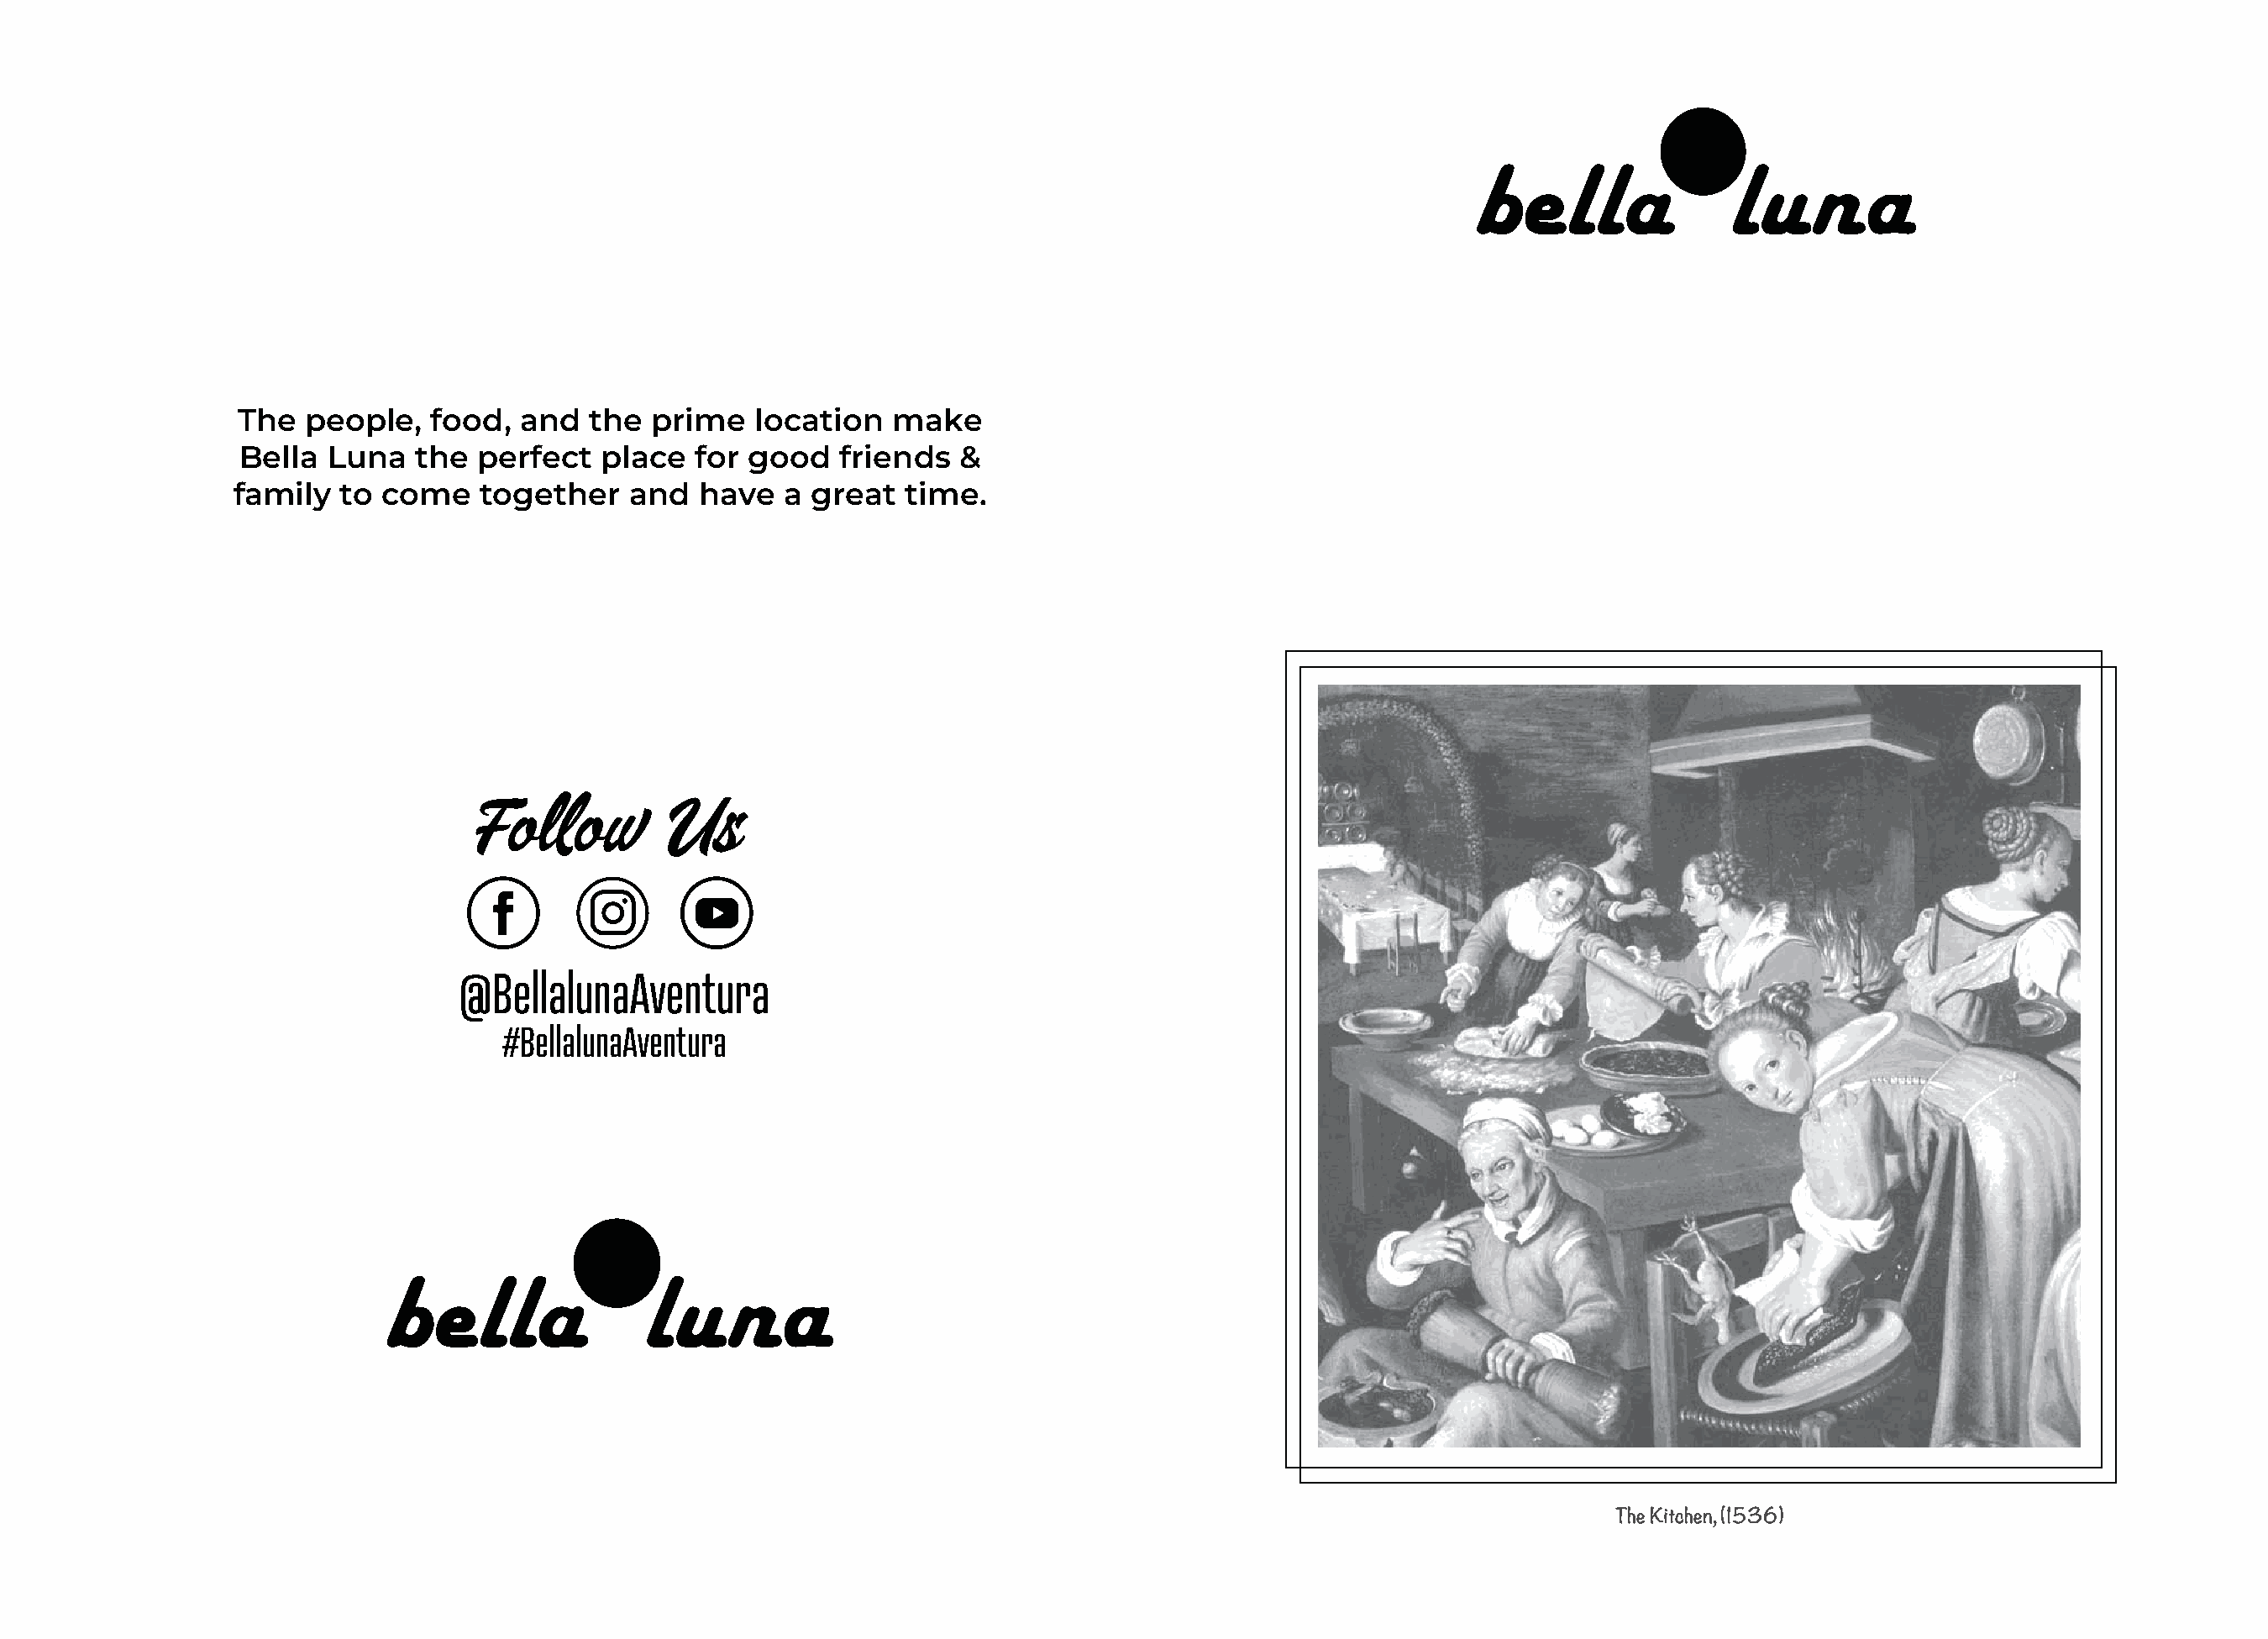
The  people,   food,  and  the  prime    location  make
 Bella  Luna   the  perfect  place   for good   friends   &
 family   to come    together    and  have   a great  time.
 @BellalunaAventura
 #BellalunaAventura
 The Kitchen, (1536)